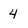
Character: 4